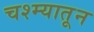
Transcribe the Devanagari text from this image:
चश्म्यातून